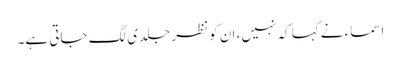
اسماء نے کہا کہ نہیں، ان کو نظر جلدی لگ جاتی ہے۔